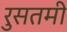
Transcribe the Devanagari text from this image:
रुसतमी